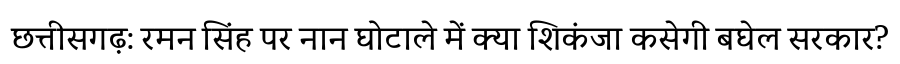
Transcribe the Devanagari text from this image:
छत्तीसगढ़: रमन सिंह पर नान घोटाले में क्या शिकंजा कसेगी बघेल सरकार?